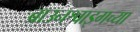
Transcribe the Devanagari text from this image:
ब्राउनश्वाइगच्या